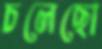
চলেছো